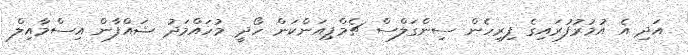
އަދި އެ އުމުރުފުރައިގެ ފިރިހެން ސިންގަލްސް ޗެމްޕިއަންކަން ހޯދީ މުހައްމަދު ޝައްފާން އިސްމާއިލް